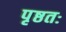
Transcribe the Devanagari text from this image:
पृष्ठतः